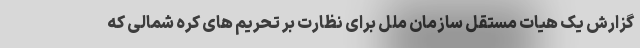
گزارش یک هیات مستقل سازمان ملل برای نظارت بر تحریم های کره شمالی که